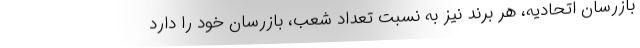
بازرسان اتحادیه، هر برند نیز به نسبت تعداد شعب، بازرسان خود را دارد